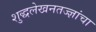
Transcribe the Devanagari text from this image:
शुद्धलेखनतज्‍ज्ञांचा